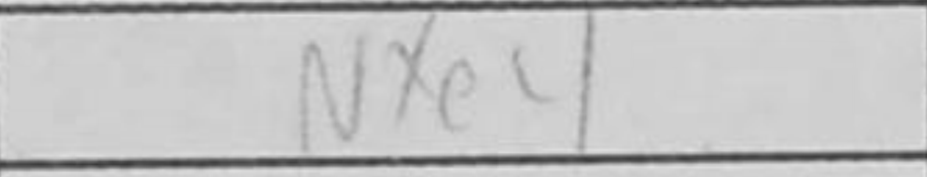
Transcription: Nxe4